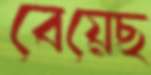
বেয়েছ